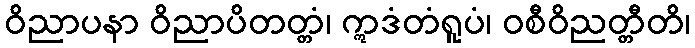
ဝိညာပနာ ဝိညာပိတတ္တံ၊ ဣဒံတံရူပံ၊ ဝစီဝိညတ္တီတိ၊